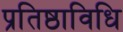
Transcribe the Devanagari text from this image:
प्रतिष्ठाविधि